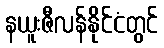
နယူးဇီလန်နိုင်ငံတွင်